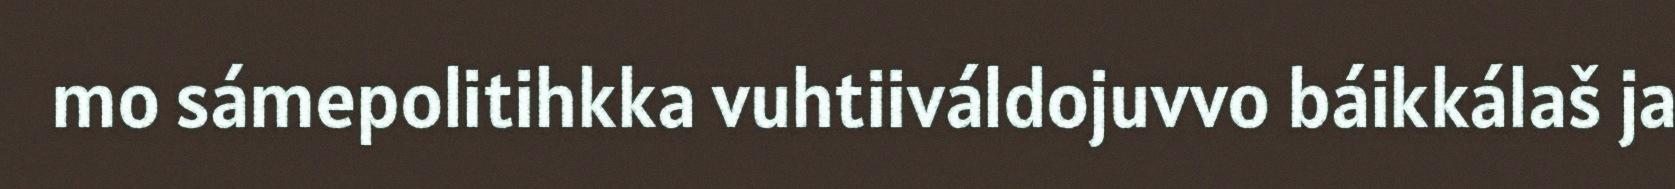
mo sámepolitihkka vuhtiiváldojuvvo báikkálaš ja